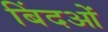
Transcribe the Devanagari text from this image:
बिंदओं